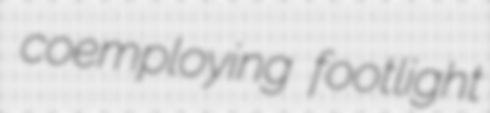
coemploying footlight